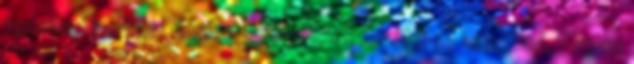
kezelhető admin felület, - termékek feltöltése képekkel, - rövid